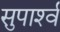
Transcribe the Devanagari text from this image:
सुपार्श्‍व